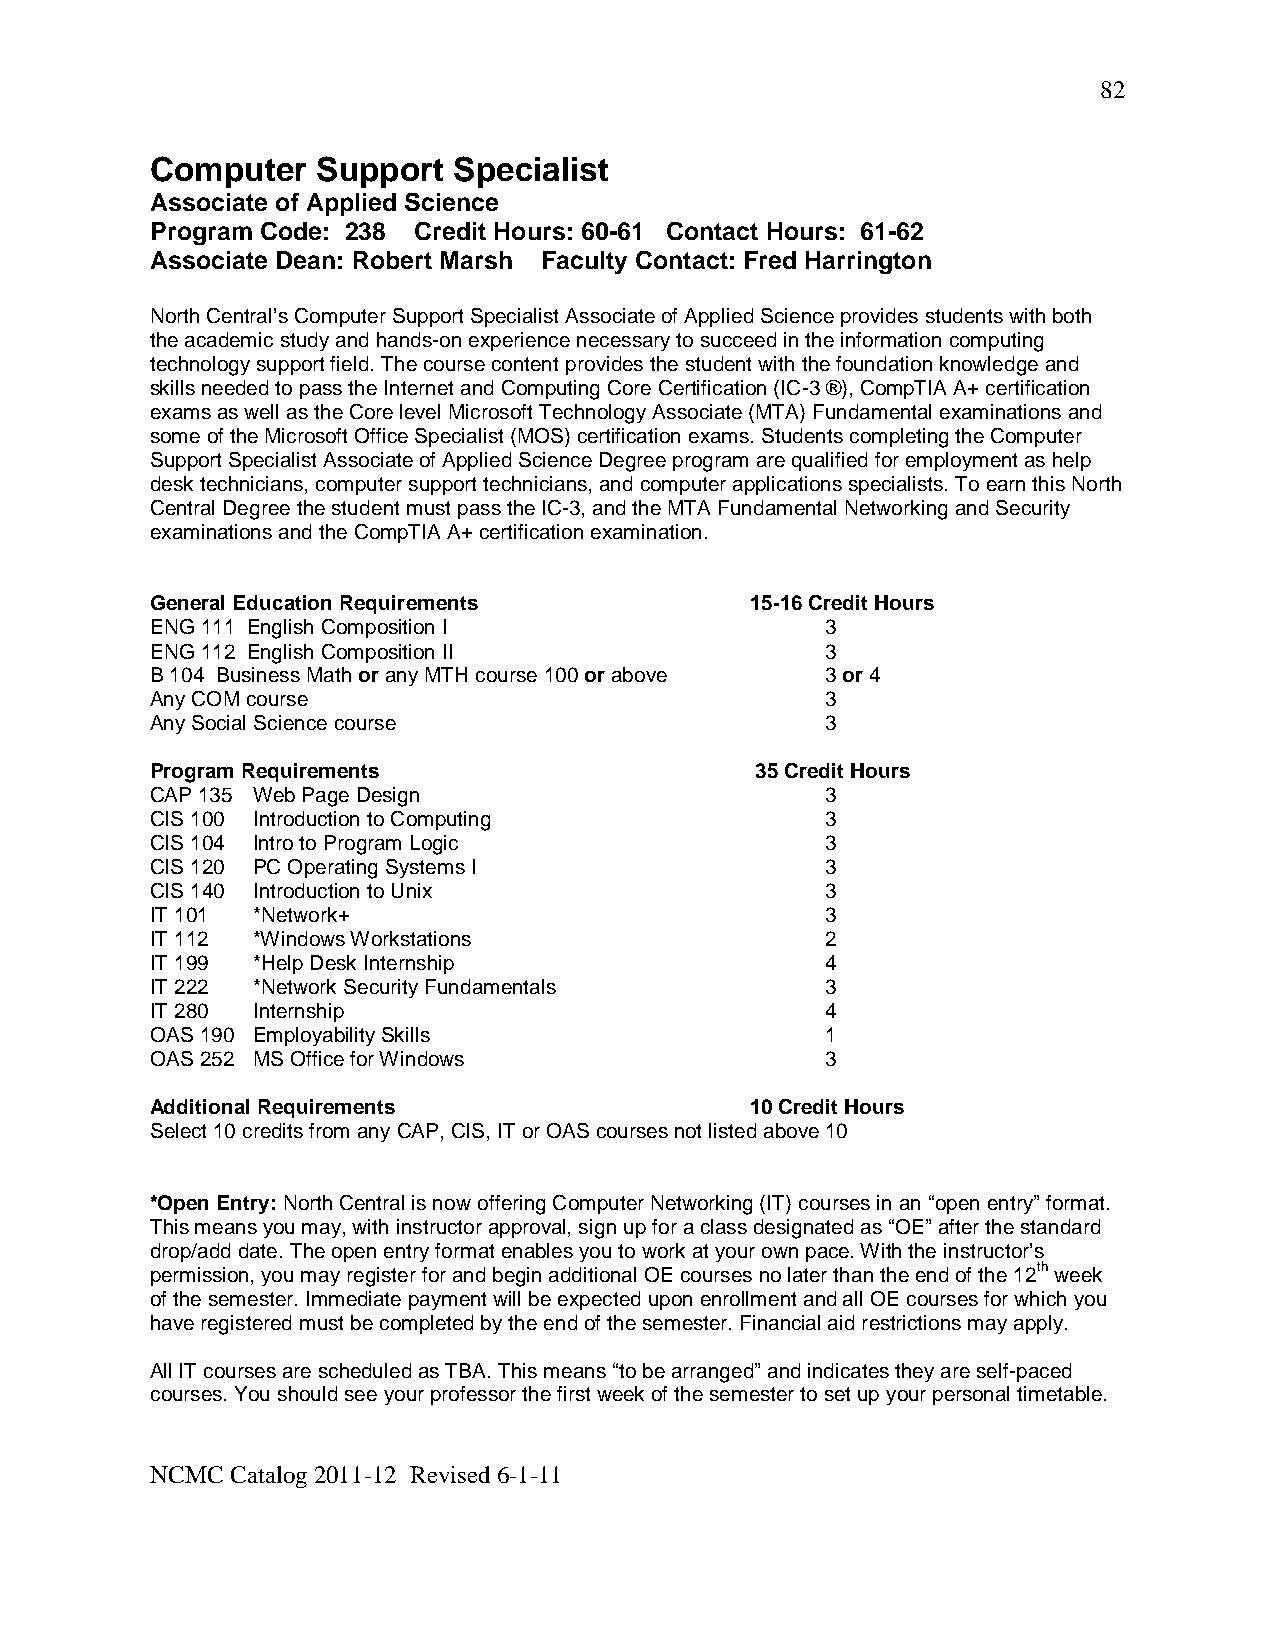
82
 Computer   Support  Specialist
 Associate of Applied Science
 Program Code: 238 Credit Hours: 60-61 Contact Hours: 61-62
 Associate Dean: Robert Marsh Faculty Contact: Fred Harrington
 North Central’s Computer Support Specialist Associate of Applied Science provides students with both
 the academic study and hands-on experience necessary to succeed in the information computing
 technology support field. The course content provides the student with the foundation knowledge and
 skills needed to pass the Internet and Computing Core Certification (IC-3 ®), CompTIA A+ certification
 exams as well as the Core level Microsoft Technology Associate (MTA) Fundamental examinations and
 some of the Microsoft Office Specialist (MOS) certification exams. Students completing the Computer
 Support Specialist Associate of Applied Science Degree program are qualified for employment as help
 desk technicians, computer support technicians, and computer applications specialists. To earn this North
 Central Degree the student must pass the IC-3, and the MTA Fundamental Networking and Security
 examinations and the CompTIA A+ certification examination.
 General Education Requirements          15-16 Credit Hours
 ENG 111 English Composition I                3
 ENG 112 English Composition II               3
 B 104 Business Math or any MTH course 100 or above 3 or 4
 Any COM course                               3
 Any Social Science course                    3
 Program Requirements                    35 Credit Hours
 CAP 135 Web Page Design                      3
 CIS 100 Introduction to Computing            3
 CIS 104 Intro to Program Logic               3
 CIS 120 PC Operating Systems I               3
 CIS 140 Introduction to Unix                 3
 IT 101 *Network+                             3
 IT 112 *Windows Workstations                 2
 IT 199 *Help Desk Internship                 4
 IT 222 *Network Security Fundamentals        3
 IT 280 Internship                            4
 OAS 190 Employability Skills                 1
 OAS 252 MS Office for Windows                3
 Additional Requirements                 10 Credit Hours
 Select 10 credits from any CAP, CIS, IT or OAS courses not listed above 10
 *Open Entry: North Central is now offering Computer Networking (IT) courses in an “open entry” format.
 This means you may, with instructor approval, sign up for a class designated as “OE” after the standard
 drop/add date. The open entry format enables you to work at your own pace. With the instructor’s
 permission, you may register for and begin additional OE courses no later than the end of the 12th week
 of the semester. Immediate payment will be expected upon enrollment and all OE courses for which you
 have registered must be completed by the end of the semester. Financial aid restrictions may apply.
 All IT courses are scheduled as TBA. This means “to be arranged” and indicates they are self-paced
 courses. You should see your professor the first week of the semester to set up your personal timetable.
 NCMC Catalog 2011-12 Revised 6-1-11